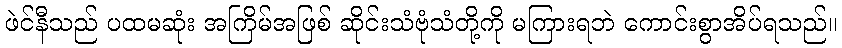
ဖဲင်နီသည် ပထမဆုံး အကြိမ်အဖြစ် ဆိုင်းသံဗုံသံတို့ကို မကြားရဘဲ ကောင်းစွာအိပ်ရသည်။